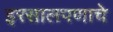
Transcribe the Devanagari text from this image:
इरसालपणाचे